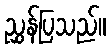
ညွှန်ပြသည်။